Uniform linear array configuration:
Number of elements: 32
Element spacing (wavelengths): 0.5
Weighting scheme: hamming
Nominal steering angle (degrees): -45
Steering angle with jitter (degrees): -46.96
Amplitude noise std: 0.05
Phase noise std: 0.05

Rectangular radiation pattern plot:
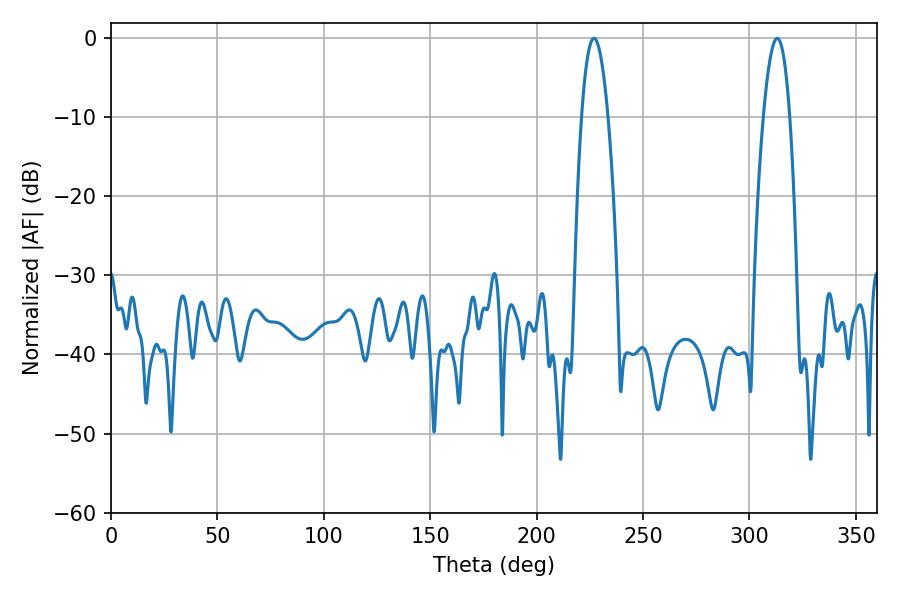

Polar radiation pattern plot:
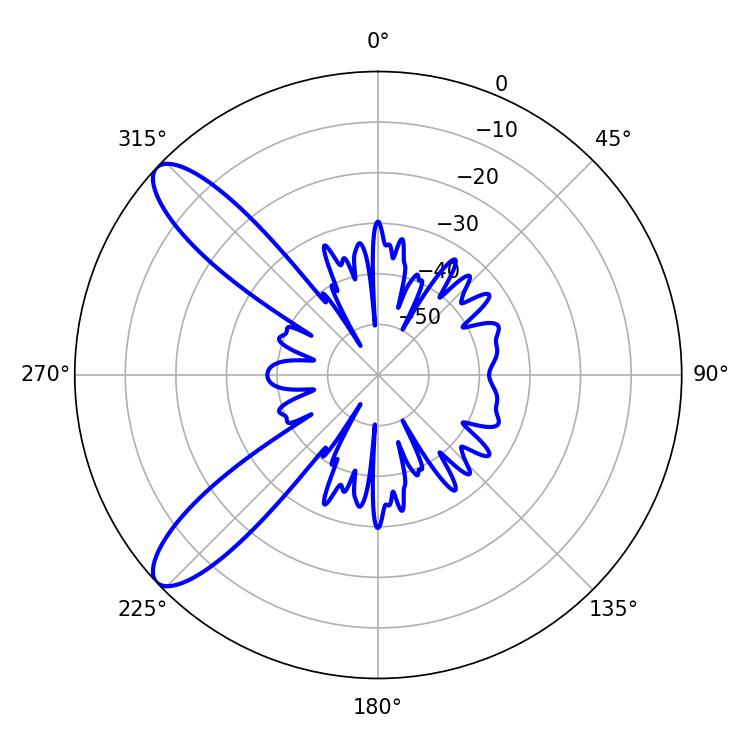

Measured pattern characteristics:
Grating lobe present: FALSE
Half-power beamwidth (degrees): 6.84
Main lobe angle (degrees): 226.98